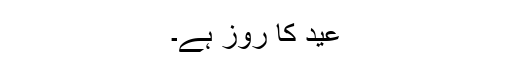
عید کا روز ہے۔